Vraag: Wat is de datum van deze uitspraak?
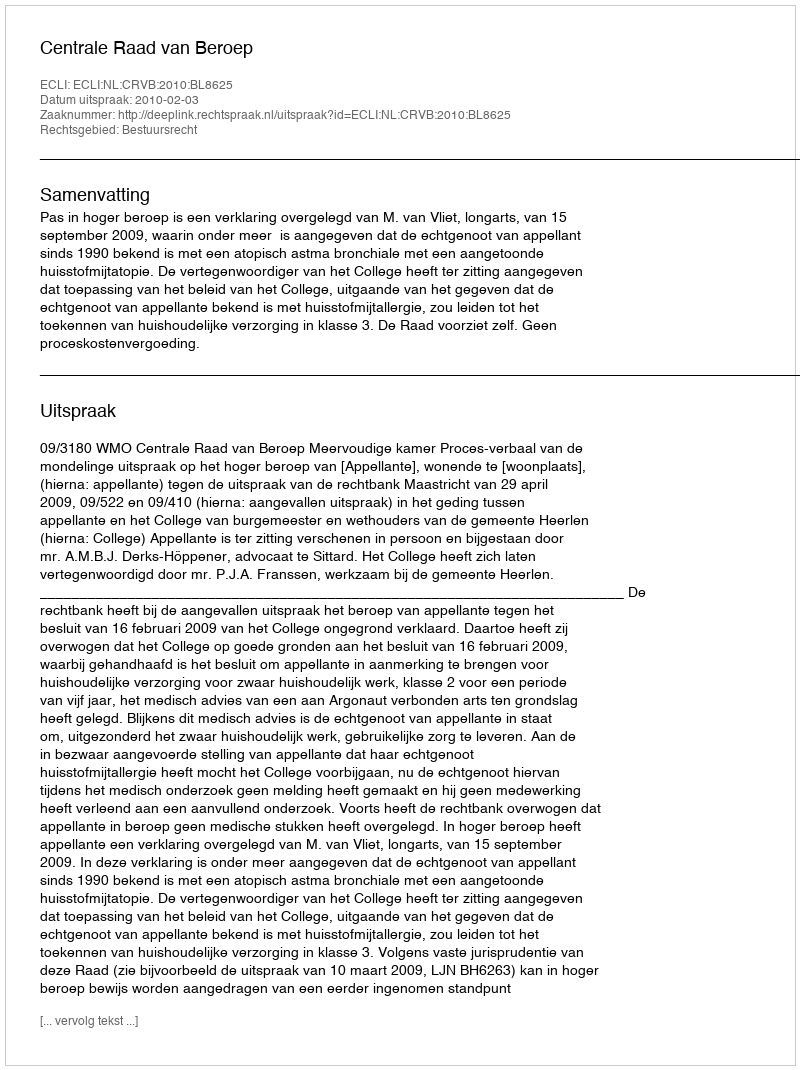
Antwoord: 2010-02-03